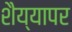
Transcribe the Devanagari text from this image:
शैय्यापर